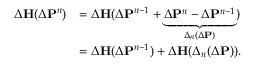
\begin{array} { r l } { \Delta { \bf H } ( \Delta { \bf P } ^ { n } ) } & { = \Delta { \bf H } ( \Delta { \bf P } ^ { n - 1 } + \underbrace { \Delta { \bf P } ^ { n } - \Delta { \bf P } ^ { n - 1 } } _ { \Delta _ { n } ( \Delta { \bf P } ) } ) } \\ & { = \Delta { \bf H } ( \Delta { \bf P } ^ { n - 1 } ) + \Delta { \bf H } ( \Delta _ { n } ( \Delta { \bf P } ) ) . } \end{array}